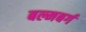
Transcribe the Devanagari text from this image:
बल्मबर्ग